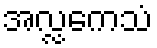
အလ္လကေသံ